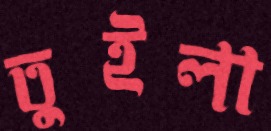
তুইলা